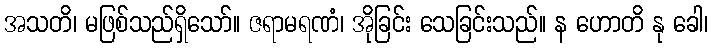
အသတိ၊ မဖြစ်သည်ရှိသော်။ ဇရာမရဏံ၊ အိုခြင်း သေခြင်းသည်။ န ဟောတိ နု ခေါ၊